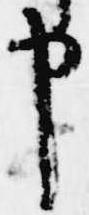
申